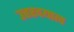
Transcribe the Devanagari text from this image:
उत्तरदयात्व